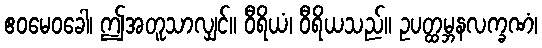
ဧဝမေဝခေါ၊ ဤအတူသာလျှင်။ ဝီရိယံ၊ ဝီရိယသည်။ ဥပတ္ထမ္ဘနလက္ခဏံ၊